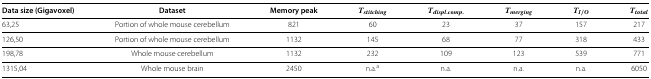
<table><thead><tr><td><b>Data size (Gigavoxel)</b></td><td><b>Dataset</b></td><td><b>Memory peak</b></td><td><b><i>T</i><sub><i>stitching</i></sub></b></td><td><b><i>T</i><sub><i>displ. comp.</i></sub></b></td><td><b><i>T</i><sub><i>merging</i></sub></b></td><td><b><i>T</i><sub><i>I</i>/<i>O</i></sub></b></td><td><b><i>T</i><sub><i>total</i></sub></b></td></tr></thead><tbody><tr><td>63,25</td><td>Portion of whole mouse cerebellum</td><td>821</td><td>60</td><td>23</td><td>37</td><td>157</td><td>217</td></tr><tr><td>126,50</td><td>Portion of whole mouse cerebellum</td><td>1132</td><td>145</td><td>68</td><td>77</td><td>318</td><td>433</td></tr><tr><td>198,78</td><td>Whole mouse cerebellum</td><td>1132</td><td>232</td><td>109</td><td>123</td><td>539</td><td>771</td></tr><tr><td>1315,04</td><td>Whole mouse brain</td><td>2450</td><td>n.a.<sup>a</sup></td><td>n.a.</td><td>n.a.</td><td>n.a.</td><td>6050</td></tr></tbody></table>